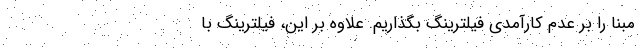
مبنا را بر عدم کارآمدی فیلترینگ بگذاریم. علاوه بر این، فیلترینگ با